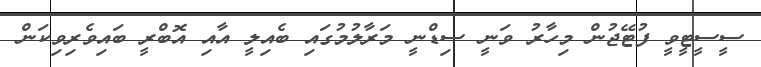
ސީސީޓީވީ ފުޓޭޖުން މިހާރު ވަނީ ސިޑްނީ މަރާލުމުގައި ބެއިލީ އާއި އޮބްރީ ބައިވެރިވިކަން